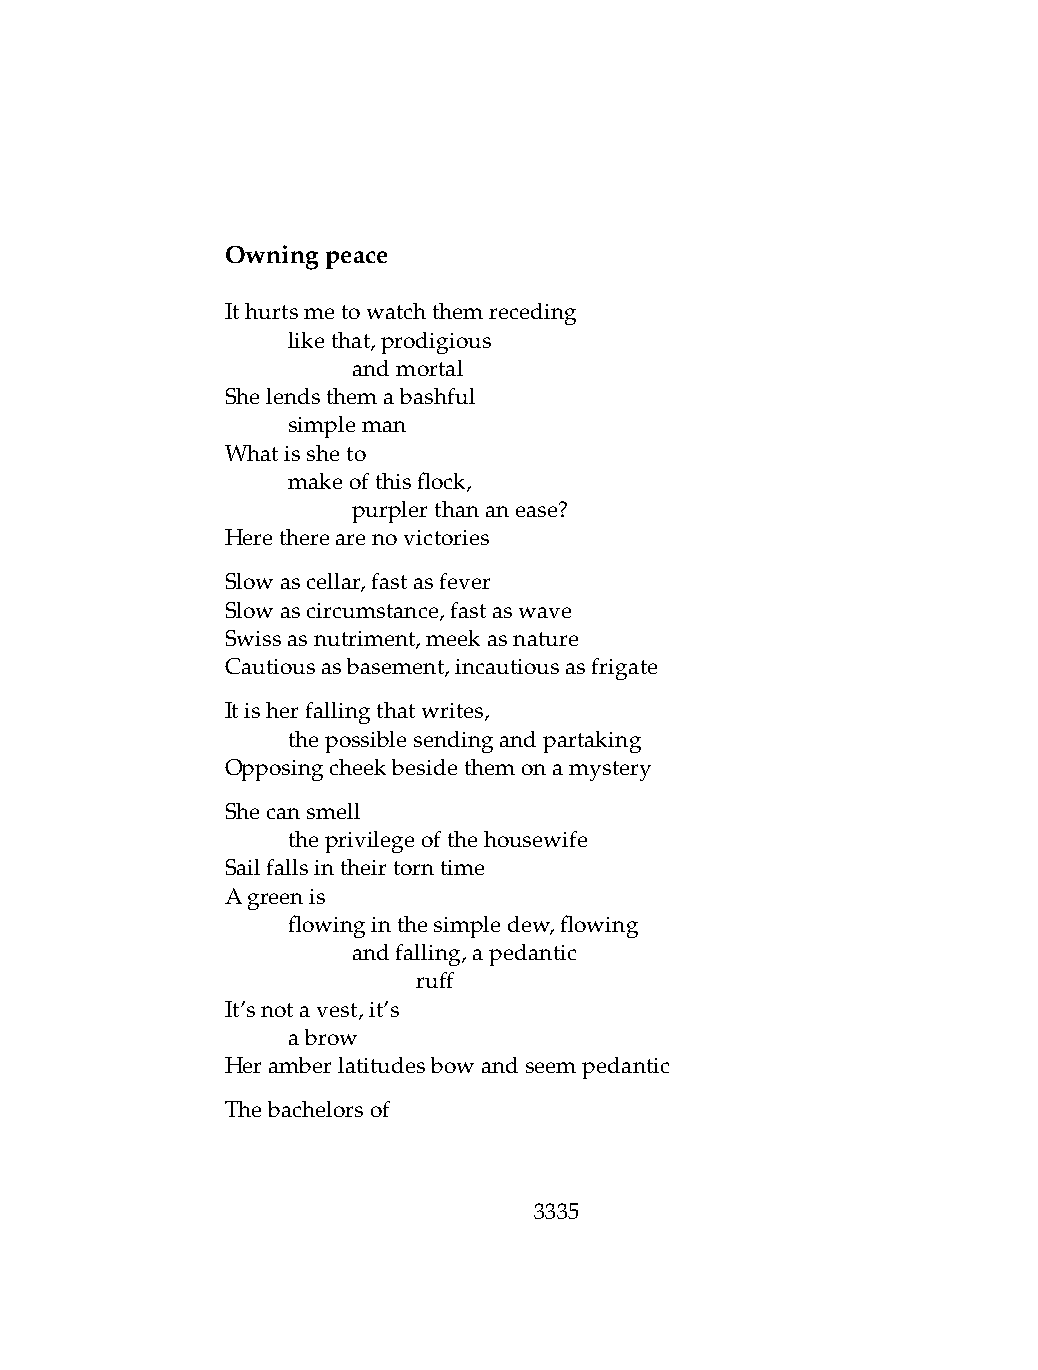
Owningpeace
 Ithurtsmetowatchthemreceding
 .   likethat,prodigious
 .   .   andmortal
 Shelendsthemabashful
 .   simpleman
 Whatissheto
 .   makeofthisflock,
 .   .   purplerthananease?
 Heretherearenovictories
 Slowascellar,fastasfever
 Slowascircumstance,fastaswave
 Swissasnutriment,meekasnature
 Cautiousasbasement,incautiousasfrigate
 Itisherfallingthatwrites,
 .   thepossiblesendingandpartaking
 Opposingcheekbesidethemonamystery
 Shecansmell
 .   theprivilegeofthehousewife
 Sailfallsintheirtorntime
 Agreenis
 .   flowinginthesimpledew,flowing
 .   .   andfalling,apedantic
 .   .   .    ruff
 It’snotavest,it’s
 .   abrow
 Heramberlatitudesbowandseempedantic
 Thebachelorsof
 3335